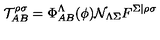
\mathcal { T } _ { A B } ^ { \rho \sigma } = \Phi _ { A B } ^ { \Lambda } ( \phi ) \mathcal { N } _ { \Lambda \Sigma } F ^ { \Sigma \vert \rho \sigma }